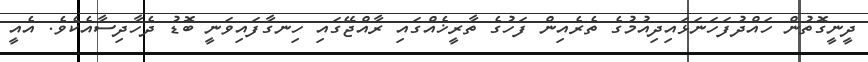
ދީނީގޮތުން ހައްދުފަހަނަޅައިދިއުމުގެ ތެރެއިން ފަހުގެ ތާރީޚެއްގައި ރާއްޖޭގައި ހިނގާފައިވަނީ ބޮޑު ދެހާދިސާއެކެވެ. އެއީ